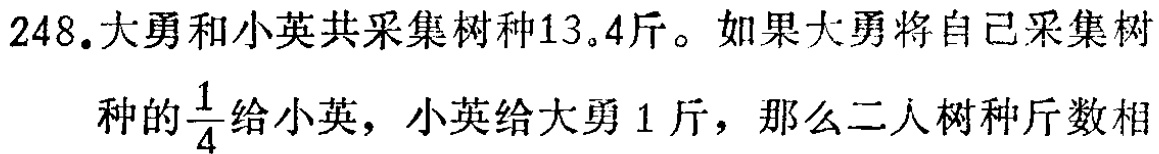
248. 大勇和小英共采集树种13.4斤。如果大勇将自己采集树种的$\frac{1}{4}$给小英，小英给大勇1斤，那么二人树种斤数相